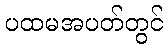
ပထမအပတ်တွင်